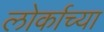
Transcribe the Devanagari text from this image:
लोर्काच्या